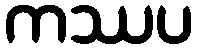
ကဿပ